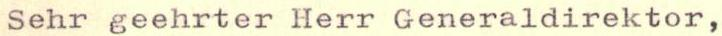
Sehr geehrter Herr Generaldirektor,